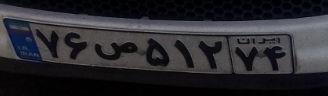
۷۶ص۵۱۲۷۴